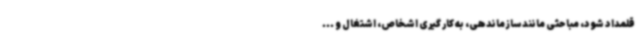
قلمداد شود، مباحثی مانند سازماندهی، به کار گیری اشخاص، اشتغال و ...